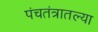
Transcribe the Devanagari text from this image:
पंचतंत्रातल्या